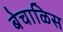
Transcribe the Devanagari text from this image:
बेचाळिस